Calcutta medical institutions reports 1871-78
Year: 1871
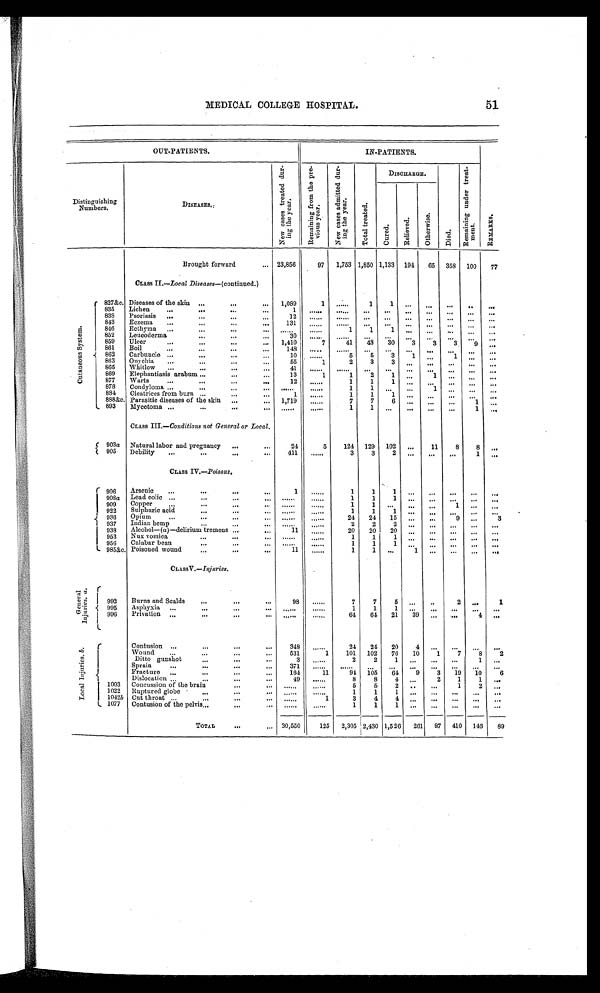
MEDICAL COLLEGE HOSPITAL.
51
OUT-PATIENTS.
IN-PATIENTS.
Distinguishing
Numbers.
DISEASES.
New cases treated during the year.
R e m a i n i n g f r o m t h e p r e v i o u s y e a r .
New cases admitted during the year.
T o t a l t r e a t e d .
DISCHARGE.
Di ed.
R e m a i n i n g u n d e r t r e a t m e n t .
R E MAR KS .
C u r e d .
R e l i e v e d . Ot h e r wi s e .
Brought forward
... 23,856
97
1,753 1,850 1,133 194
65 358 100
77
Class II.—Local Diseases—(continued.)
C u t a n e o u s S y s t e m .
827&c. Diseases of the skin ...
...
... 1,089
1
. . . . . .
1
1
. . .
. . .
. . .
. . .
. . .
835
Lichen
...
...
...
...
1
. . . . . .
. . . . . .
. . .
. . .
. . .
. . .
. . .
. . .
. . .
838
Psoriasis ...
...
...
...
12
. . . . . .
. . . . . .
. . .
. . .
. . .
. . .
. . .
. . .
. . .
843
Eczema
. . . . . .
...
...
131
. . . . . .
. . . . . .
. . .
. . .
. . .
. . .
. . .
. . .
. . .
846
Eethyma ...
...
...
...
. . . . . .
. . . . . .
1
1
1
. . .
. . .
. . .
. . .
. . .
852
Leucoderma ...
...
...
30
. . . . . .
. . . . . .
. . .
. . .
. . .
. . .
. . .
. . .
. . .
859
Ulcer
...
...
...
...
1,410
1
7
41
48
30
3
3
3
9
. . .
861
Boil
...
...
...
. . .
148
. . . . . .
. . . . . .
...
...
...
. . .
. . .
. . .
. . .
862
carbuncle
...
... . . .
. . .
10
. . . . . .
5
5
3
1
. . .
1
. . .
. . .
863
Onychia ... ...
...
...
55
1
2
3
3
. . .
. . .
. . .
. . .
. . .
865
Whitlow
...
...
...
...
41
. . . . . .
. . . . . .
. . .
. . .
. . .
. . .
. . .
. . .
. . .
869
Elephantiasis arabum ... ...
...
...
13
1
1
2
1
. . .
1
. . .
. . .
. . .
877
Warts
...
...
...
...
12
. . . . . .
1
1
1
. . .
. . .
. . .
. . .
. . .
878
Condyloma ...
...
...
...
. . . . . .
. . . . . .
1
1
. . .
. . .
1
. . .
. . .
. . .
884
Cicatrices from burn ...
...
...
1
. . . . . .
1
1
1
. . .
. . .
. . .
. . .
. . .
888&c. Parasitic diseases of the skin ...
... 1,719
......
7
7
6
. . .
. . .
...
1
. . .
893
Mycetoma ...
...
...
. . .
. . . . . .
. . . . . .
1
1
. . .
. . .
. . .
. . .
1
. . .
CLASS III.—Conditions not General or Local.
903a Natural labor and pregnancy ...
...
24
5
124 129 102
. . .
11
8
8
. . .
905
Debility
...
...
...
...
411
. . . . . .
3
3
2
. . .
. . .
. . . 1
. . .
CLASS IV.—Poisons.
906
Arsenic
...
...
...
...
1
. . . . . .
1
1
1
. . .
. . .
. . .
. . .
. . .
908a Lead colic ...
...
...
...
. . . . . .
. . . . . .
1
1
1
. . .
. . .
. . .
. . .
. . .
909 Copper
...
. . .
...
...
. . . . . .
. . . . . .
1
1
. . .
. . .
. . .
. . .
. . .
. . .
922
Sulphuric acid
. . .
...
. . .
. . . . . .
. . . . . .
1
1
1
. . .
. . .
. . .
. . .
. . .
936
Opium
...
...
...
... ......
. . . . . .
24 24
15
. . .
. . .
9 ...
3
937
I n d i a n He mp . . .
...
...
. . . . . .
. . . . . .
2
2
2 ...
...
...
...
...
938
Alcohol—(a).—delirium tremens ...
...
11
. . . . . .
20
20
20
. . . ...
...
. . . ...
953 Nux vomica
...
...
...
. . . . . .
. . . . . .
1
1
1
. . .
. . .
. . .
. . .
. . .
956
Calabar bean
...
...
...
. . . . . .
. . . . . .
1
1
1
. . .
. . .
. . .
. . .
. . .
985&c. Poisoned wound
...
...
. . .
11
. . . . . .
1
1 ...
1
. . .
. . .
. . .
. . .
CLASS V. — I n j u r i e s .
G e n e r a l I n j u r i e s . a .
992
Burns and Scalds
...
...
...
98
. . . . . .
7
7
5
. . .
. . .
2
. . .
1
995
Asphyxia ...
...
...
...
. . . . . .
. . . . . .
1
1
1
. . .
. . .
. . .
. . .
. . .
996
Privation ...
...
...
...
. . . . . .
. . . . . .
64 64
21
39
. . .
. . .
4
. . .
L o c a l I n j u r i e s .b .
Contusion ...
...
... ...
348
......
24
24 20
4 ...
...
...
...
Wound
...
... ...
5 3 1
1
101 102
76
10
1
7
8
2
Ditto gunshot
...
...
...
3
... ...
2
2
1
... ... ...
1
...
Sprain
...
...
...
...
371
... ... ... ... ... ... ... ... ... ... ...
Fracture
... ... ... ...
164
11
94 105
64
9
3
19
10
6
Dislocation ...
...
...
...
49
......
8
8
4
...
2
1
1 ...
1003 Concussion of the brain
...
...
... ... ... ...
5
5
2
...
...
1
2
...
1022 Ruptured globe ...
...
... ... ... ... ...
1
1
1
... ... ... ... ...
1042b Cut throat ...
... ... ... ... ...
1
3
4
4
... ... ... ... ...
1077 Contusion of the pelvis ...
... ... ... ... ... ...
1
1
1
... ... ... ... ...
TOTAL ...
,..
30,550
125
2,305 2,430 1,526 261 87 410 146
89